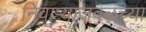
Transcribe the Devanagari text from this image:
निवाऱ्याजवळच्या